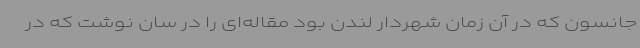
جانسون که در آن زمان شهردار لندن بود مقاله‌ای را در سان نوشت که در